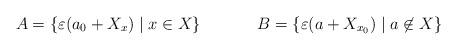
LaTeX: \begin{align*}A &= \{\varepsilon (a_0+X_x)\mid x\in X\} & B & = \{\varepsilon(a+X_{x_0})\mid a\not \in X\}\end{align*}